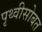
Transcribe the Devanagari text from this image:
पृथ्वीसोबत